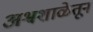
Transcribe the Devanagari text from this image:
अश्वशाळेतून